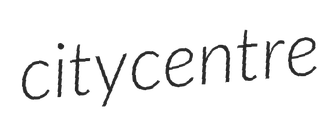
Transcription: city centre